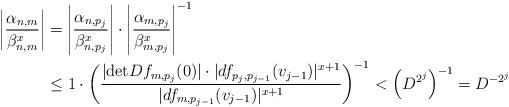
LaTeX: \begin{align*}\left|\frac{\alpha_{n,m}}{\beta_{n,m}^x}\right|&=\left|\frac{\alpha_{n,p_j}}{\beta_{n,p_j}^x}\right|\cdot \left|\frac{\alpha_{m,p_j}}{\beta_{m,p_j}^x}\right|^{-1}\\&\leq 1 \cdot \left(\frac{|\mathrm{det} Df_{m,p_{j}}(0)|\cdot |df_{p_{j}, p_{j-1}}(v_{j-1})|^{x+1}}{|df_{m,p_{j-1}}(v_{j-1})|^{x+1}}\right)^{-1}<\left(D^{2^j}\right)^{-1}=D^{-2^j}\end{align*}